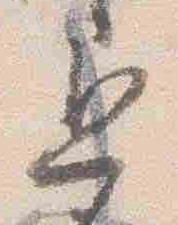
退